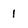
Character: 1